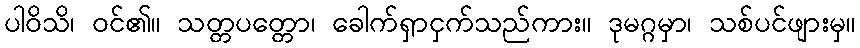
ပါဝိသိ၊ ဝင်၏။ သတ္တပတ္တော၊ ခေါက်ရှာငှက်သည်ကား။ ဒုမဂ္ဂမှာ၊ သစ်ပင်ဖျားမှ။